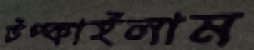
টপ্‌কাইলাম